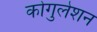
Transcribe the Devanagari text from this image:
कोगुलेशन